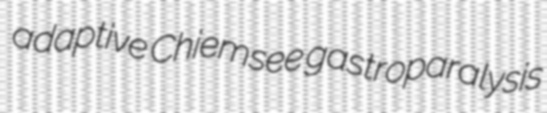
adaptive Chiemsee gastroparalysis